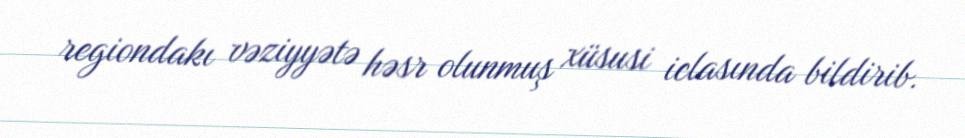
regiondakı vəziyyətə həsr olunmuş xüsusi iclasında bildirib.